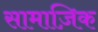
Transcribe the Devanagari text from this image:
सामाज़िक